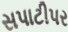
સપાટીપર